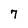
Character: 7